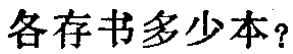
各存书多少本？